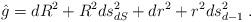
LaTeX: \begin{align*}\hat{g}=dR^2+R^2ds^2_{dS}+dr^2+r^2 ds^2_{d-1}\; .\end{align*}